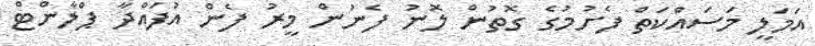
އަމަލީ މަސައްކަތް ފެށުމުގެ ގޮތުން ލޮނު ފެނުން މީރު ފެން އުފައްދާ ޕްލާންޓް